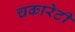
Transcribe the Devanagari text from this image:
चकारेटी